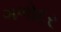
ગળોદર